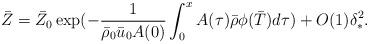
LaTeX: \begin{align*}&\bar{Z} =\bar{Z}_{0}\exp(-\frac{1}{\bar{\rho}_{0} \bar{u}_{0} A(0)}\int_0^x A(\tau)\bar{\rho}\phi(\bar{T})d\tau)+O(1)\delta_*^2.\end{align*}